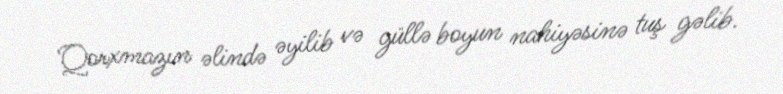
Qorxmazın əlində əyilib və güllə boyun nahiyəsinə tuş gəlib.